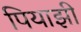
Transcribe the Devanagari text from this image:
पियाझी